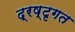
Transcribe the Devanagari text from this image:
द्रष्टृगत